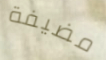
مضيفة